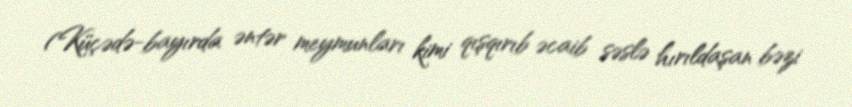
(Küçədə-bayırda əntər meymunları kimi qışqırıb əcaib səslə hırıldaşan bəzi